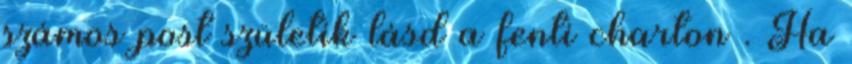
számos post születik lásd a fenti charton . Ha